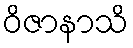
ဝိဇာနာသိ